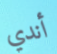
أندي